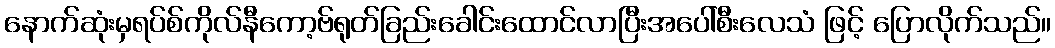
နောက်ဆုံးမှရပ်စ်ကိုလ်နီကော့ဗ်ရုတ်ခြည်းခေါင်းထောင်လာပြီးအပေါ်စီးလေသံ ဖြင့် ပြောလိုက်သည်။